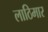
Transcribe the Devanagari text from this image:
लाठिमार